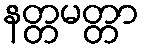
နတ္တမတ္တာ